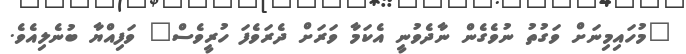
"މުހައިމިނަށް ވަގުތު ނުވެގެން ނާދެވުނީ އެކަމާ ވަރަށް ދެރަވެފަ ހުރީވެސް" ވަފިއްޔާ ބުނެލިއެވެ.